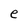
Character: e